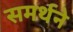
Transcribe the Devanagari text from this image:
समर्थने